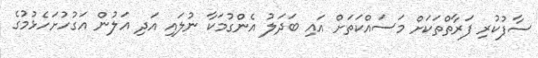
ސާފުކުރި ފަރާތްތަކަށް މަސައްކަތަށް އައި ބަދަލު އެންގުމަކާ ނުލައި އަދި އަލުން އަގުހުށަހެޅުމުގެ